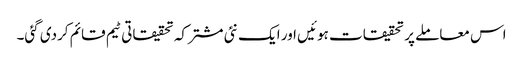
اس معاملے پر تحقیقات ہوئیں اور ایک نئی مشترکہ تحقیقاتی ٹیم قائم کردی گئی۔